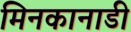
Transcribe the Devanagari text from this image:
मिनकानाडी